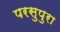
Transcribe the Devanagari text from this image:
परसुपुरा